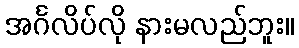
အင်္ဂလိပ်လို နားမလည်ဘူး။